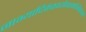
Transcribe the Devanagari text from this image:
नाभ्यादिकंठपर्यन्तमग्निस्थानं